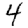
Digit: 4